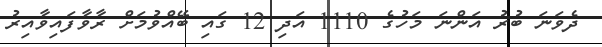
ދެވަނަ ބުރު އަންނަ މަހުގެ 1110 އަދި 12 ގައި ބޭއްވުމަށް ރާވާފައިވާއިރު